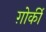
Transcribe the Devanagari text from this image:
ग़ोर्की